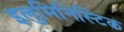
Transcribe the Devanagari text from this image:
इलुमिनिस्टिक